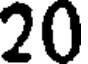
20